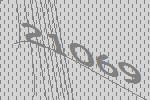
21069